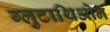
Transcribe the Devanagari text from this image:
ग्लुटाथिओन